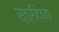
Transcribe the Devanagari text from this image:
स्त्रीदेवता